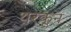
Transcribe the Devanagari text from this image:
थरकून